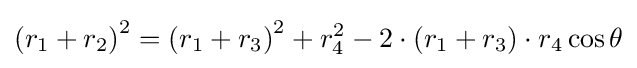
\left(r_{1}+r_{2}\right)^{2}=\left(r_{1}+r_{3}\right)^{2}+r_{4}^{2}-2\cdot \left(r_{1}+r_{3}\right)\cdot r_{4}\cos \theta